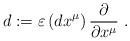
LaTeX: \begin{align*}d:=\varepsilon \left( dx^{\mu }\right) \frac{\partial }{\partial x^{\mu }}~.\end{align*}